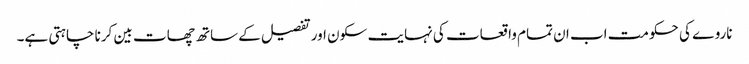
ناروے کی حکومت اب ان تمام واقعات کی نہایت سکون اور تفصیل کے ساتھ چھات بین کرنا چاہتی ہے۔